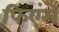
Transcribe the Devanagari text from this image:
फिएंसे